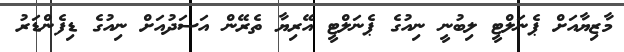
މާޒިޔާއަށް ޕެނަލްޓީ ލިބުނީ ނިއުގެ ޕެނަލްޓީ އޭރިޔާ ތެރޭން އަސަދުއަށް ނިއުގެ ޑިފެންޑަރު